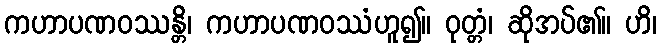
ကဟာပဏဝဿန္တိ၊ ကဟာပဏဝဿံဟူ၍။ ဝုတ္တံ၊ ဆိုအပ်၏။ ဟိ၊